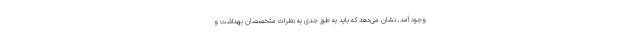
وجود آمد، نشان می‌دهد که باید به طور جدی به نظرات متخصصان بهداشت و